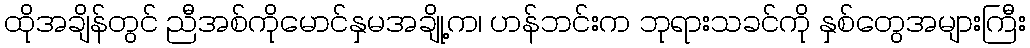
ထိုအချိန်တွင် ညီအစ်ကိုမောင်နှမအချို့က၊ ဟန်ဘင်းက ဘုရားသခင်ကို နှစ်တွေအများကြီး